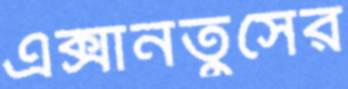
এক্সানতুসের